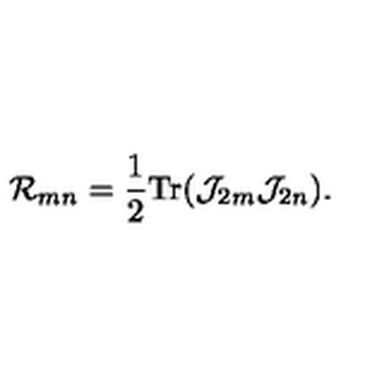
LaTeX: { \cal R } _ { m n } = \frac { 1 } { 2 } \mathrm { T r } ( { \cal J } _ { 2 m } { \cal J } _ { 2 n } ) .